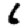
Digit: 6